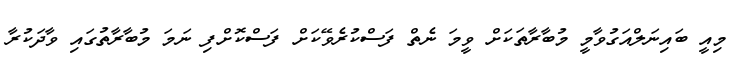
މިއީ ބައިނަލްއަގުވާމީ މުބާރާތަކަށް ވީމަ ނެތް ފަސްކުރެވޭކަަށް ފަސްކޮށްފި ނަމަ މުބާރާތުގައި ވާދަކުރާ